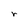
Character: r